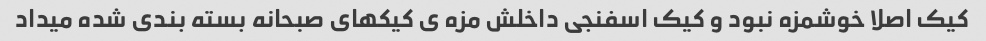
کیک اصلا خوشمزه نبود و کیک اسفنجى داخلش مزه ى کیکهاى صبحانه بسته بندى شده میداد